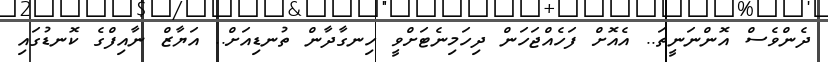
ދެންވެސް އޮންނަނީތަ.. އެއޮށް ފަހެއްޖަހަން ދިހަމިނެޓަށްވީ ހިނގާދާން ތުނޑިއަށް.. އަޔާޒް ނާއިފްގެ ކޮނޑުގައި